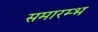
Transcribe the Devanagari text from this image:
समारम्भ